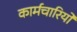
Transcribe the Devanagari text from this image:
कार्मचारियों